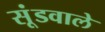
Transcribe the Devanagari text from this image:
सूंडवाले